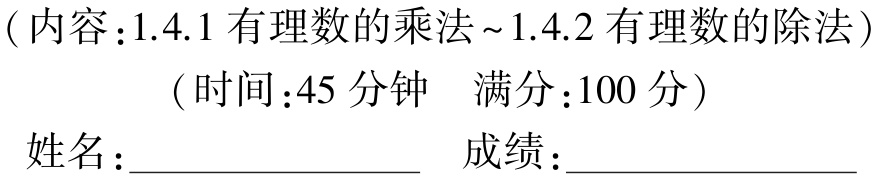
（内容：1.4.1 有理数的乘法～1.4.2 有理数的除法）

（时间：45 分钟  满分：100 分）

姓名：____________________  成绩：____________________